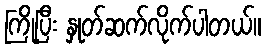
ကြိုပြီး နှုတ်ဆက်လိုက်ပါတယ်။